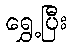
ရွှေ့ပြီး